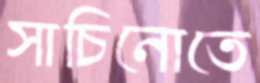
সাচিনোতে